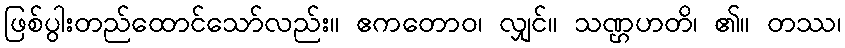
ဖြစ်ပွါးတည်ထောင်သော်လည်း။ ဧကတောဝ၊ လျှင်။ သဏ္ဌဟတိ၊ ၏။ တဿ၊